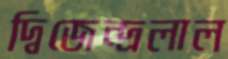
দ্বিজেন্দ্রলাল